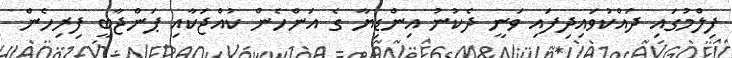
ފިލްމުގައި ދައްކުވައިދިފައި ވަނީ ދެކުނު އިންޑިޔާ ގެ އަންހެން ކުއްޖަކާއި ޕަންޖާބީ ފިރިހެން